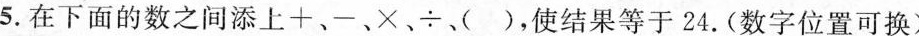
5.在下面的数之间添上+、-、×、÷、( )，使结果等于24.(数字位置可换)